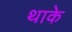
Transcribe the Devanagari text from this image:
थाके